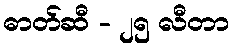
ဓာတ်ဆီ - ၂၅ လီတာ